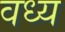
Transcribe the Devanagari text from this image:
वध्य